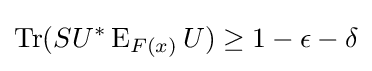
\operatorname {Tr} (SU^{*}\operatorname {E} _{F(x)}U)\geq 1-\epsilon -\delta